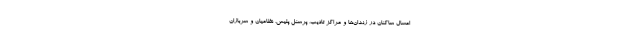
امسال ساکنان در زندان‌ها و مراکز تادیب، پرسنل پلیس، نظامیان و سربازان